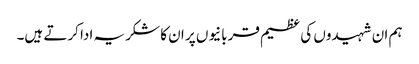
ہم ان شہیدوں کی عظیم قربانیوں پر ان کا شکریہ ادا کرتے ہیں۔